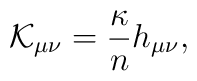
{\cal K}_{\mu\nu}={\kappa\over n}h_{\mu\nu},